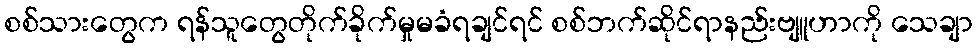
စစ်သားတွေက ရန်သူတွေတိုက်ခိုက်မှုမခံရချင်ရင် စစ်ဘက်ဆိုင်ရာနည်းဗျူဟာကို သေချာ